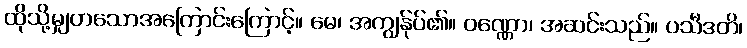
ထိုသို့မျှတသောအကြောင်းကြောင့်။ မေ၊ အကျွန်ုပ်၏။ ဝဏ္ဏော၊ အဆင်းသည်။ ပသီဒတိ၊